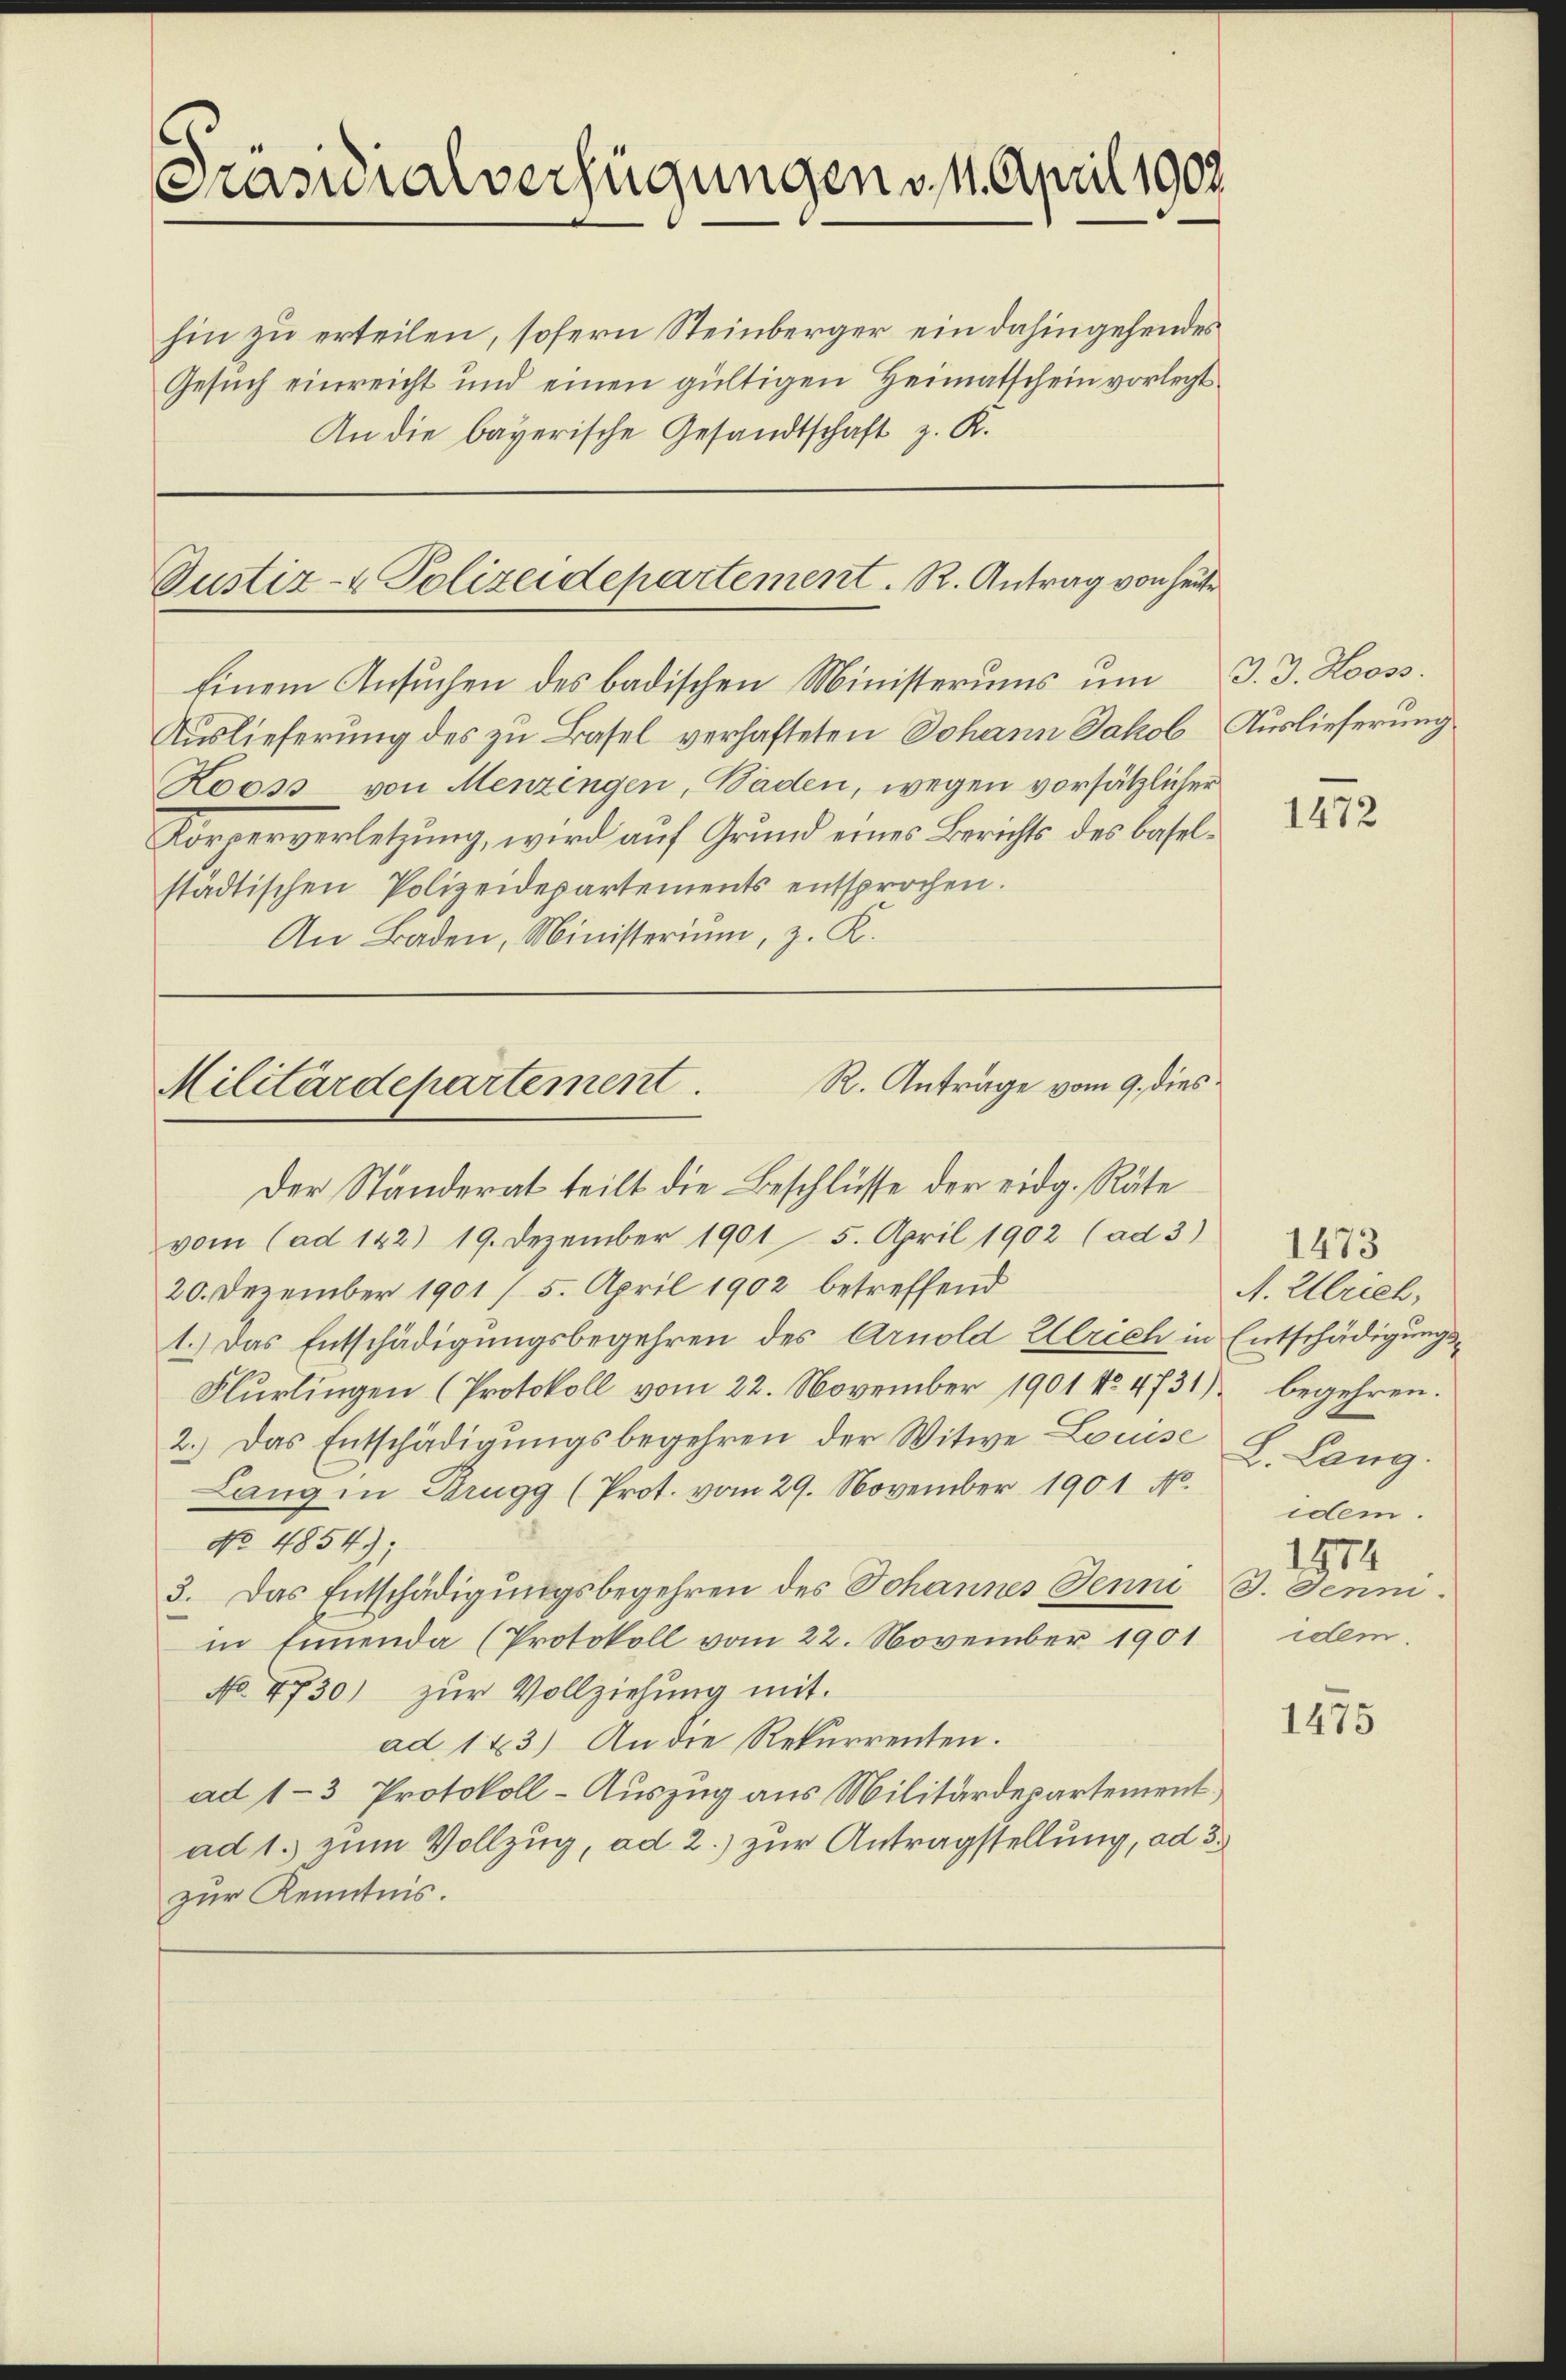
Präsidialverfügungen v. 1. April 1902.

hin zu erteilen, sofern Steinberger ein dahingehendes
Gesuch einreicht und einen gültigen Heimatschein vorlegt
An die bayerische Gesandtschaft z. R.

Auslieferung des zu Basel verhafteten Johann Jakob Auslieferung
Kooss von Menzingen, Baden, wegen vorsätzlicher
Körperverletzung, wird auf Grund eines Berichts des baselstädtischen Polizeidepartements entsprochen.
An Baden, Ministerium, z. K.

Justiz- & Polizeidepartement. R. Antrag von heute
Einem Ansuchen des badischen Ministerums um d. J. Hooss.

R. Antrage vom 9. dies
Militärdepartement
Der Ständerat teilt die Beschlüsse der eidg. Räte

vom (ad 122) 19. Dezember 1901 5. April 1902 (ad 3) 123
20. Dezember 1901 / 5. April 1902 betreffend
1.) Das Entschädigungsbegehren des Arnold Ulrich in Entschädigungs¬
Flurlingen (Protokoll vom 22. November 1901 No 4731) begehren.
2.) Das Entschädigungsbegehren der Witwe Louise L. Lang
Lang in Brugg (Prot. vom 29. November 1901 No.
No 4854);
3. Das Entschädigungsbegehren des Johannes Jenni
in Eimmenda (Protokoll vom 22. November 1901
No. 4730) zŭr Vollziehung mit
ad. 123.) An die Rekurrenten.
ad 1-3 Protokoll- Auszug aus Militärdepartement
ad 1. zum Vollzug, ad 2.) zur Antragstellung, ad 3.
zur Kenntnis.

1472

A. Ulrich,
idem.
1574
B. Jenni.
idem.

1475